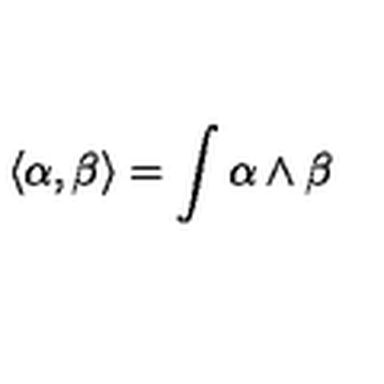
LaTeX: \langle \alpha , \beta \rangle = \int \alpha \wedge \beta